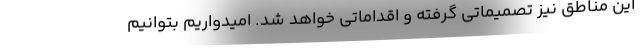
این مناطق نیز تصمیماتی گرفته و اقداماتی خواهد شد. امیدواریم بتوانیم